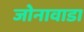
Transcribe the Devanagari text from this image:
जोनावाडा